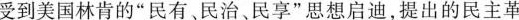
受到美国林肯的”民有、民治、民享”思想启迪，提出的民主革